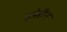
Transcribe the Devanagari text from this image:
इडेरीन